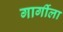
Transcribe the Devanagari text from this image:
गार्गीला